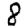
Digit: 8